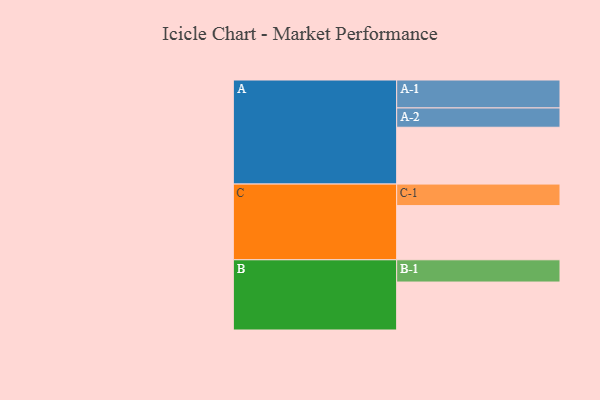
{"axis": {"x": "Segment", "y": "Value"}, "legend": ["", "A", "B", "C"], "data": [{"x": "A", "y": 559, "type": ""}, {"x": "B", "y": 472, "type": ""}, {"x": "C", "y": 533, "type": ""}, {"x": "A-1", "y": 275, "type": "A"}, {"x": "A-2", "y": 190, "type": "A"}, {"x": "B-1", "y": 219, "type": "B"}, {"x": "C-1", "y": 212, "type": "C"}]}